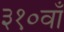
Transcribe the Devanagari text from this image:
३१०वाँ